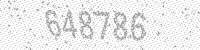
Solution: 648786